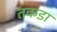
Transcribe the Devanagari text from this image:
तकडा